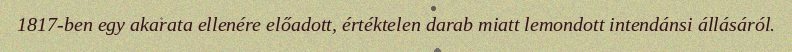
1817-ben egy akarata ellenére előadott, értéktelen darab miatt lemondott intendánsi állásáról.